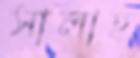
সালাহ